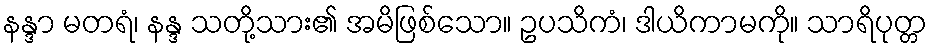
နန္ဒာ မတရံ၊ နန္ဒ သတို့သား၏ အမိဖြစ်သော။ ဥပသိကံ၊ ဒါယိကာမကို။ သာရိပုတ္တ